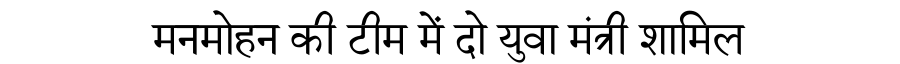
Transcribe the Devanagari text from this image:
मनमोहन की टीम में दो युवा मंत्री शामिल